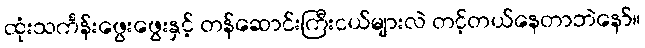
ထုံးသင်္ကန်းဖွေးဖွေးနှင့် တန်ဆောင်းကြီးငယ်များလဲ တင့်တယ်နေတာဘဲနော်။